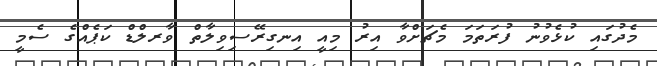
މެދުގައި ކުޅެވުނު ފުރަތަމަ މެޗަށްވާ އިރު މިއީ އިނގިރޭސިވިލާތް ވާރލްޑް ކަޕެއްގެ ސެމީ